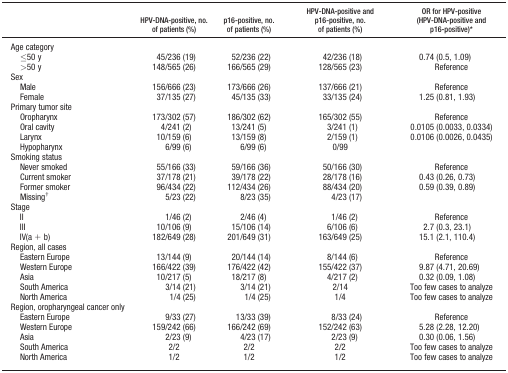
<table><thead><tr><td></td><td><b>HPV‐DNA‐positive, no. of patients (%)</b></td><td><b>p16‐positive, no. of patients (%)</b></td><td><b>HPV‐DNA‐positive and p16‐positive, no. of patients (%)</b></td><td><b>OR for HPV‐positive (HPV‐DNA‐positive and p16‐positive)a</b></td></tr></thead><tbody><tr><td>Age category</td><td></td><td></td><td></td><td></td></tr><tr><td>≤50 y</td><td>45/236 (19)</td><td>52/236 (22)</td><td>42/236 (18)</td><td>0.74 (0.5, 1.09)</td></tr><tr><td>&gt;50 y</td><td>148/565 (26)</td><td>166/565 (29)</td><td>128/565 (23)</td><td>Reference</td></tr><tr><td>Sex</td><td></td><td></td><td></td><td></td></tr><tr><td>Male</td><td>156/666 (23)</td><td>173/666 (26)</td><td>137/666 (21)</td><td>Reference</td></tr><tr><td>Female</td><td>37/135 (27)</td><td>45/135 (33)</td><td>33/135 (24)</td><td>1.25 (0.81, 1.93)</td></tr><tr><td>Primary tumor site</td><td></td><td></td><td></td><td></td></tr><tr><td>Oropharynx</td><td>173/302 (57)</td><td>186/302 (62)</td><td>165/302 (55)</td><td>Reference</td></tr><tr><td>Oral cavity</td><td>4/241 (2)</td><td>13/241 (5)</td><td>3/241 (1)</td><td>0.0105 (0.0033, 0.0334)</td></tr><tr><td>Larynx</td><td>10/159 (6)</td><td>13/159 (8)</td><td>2/159 (1)</td><td>0.0106 (0.0026, 0.0435)</td></tr><tr><td>Hypopharynx</td><td>6/99 (6)</td><td>6/99 (6)</td><td>0/99</td><td></td></tr><tr><td>Smoking status</td><td></td><td></td><td></td><td></td></tr><tr><td>Never smoked</td><td>55/166 (33)</td><td>59/166 (36)</td><td>50/166 (30)</td><td>Reference</td></tr><tr><td>Current smoker</td><td>37/178 (21)</td><td>39/178 (22)</td><td>28/178 (16)</td><td>0.43 (0.26, 0.73)</td></tr><tr><td>Former smoker</td><td>96/434 (22)</td><td>112/434 (26)</td><td>88/434 (20)</td><td>0.59 (0.39, 0.89)</td></tr><tr><td>Missingb</td><td>5/23 (22)</td><td>8/23 (35)</td><td>4/23 (17)</td><td></td></tr><tr><td>Stage</td><td></td><td></td><td></td><td></td></tr><tr><td>II</td><td>1/46 (2)</td><td>2/46 (4)</td><td>1/46 (2)</td><td>Reference</td></tr><tr><td>III</td><td>10/106 (9)</td><td>15/106 (14)</td><td>6/106 (6)</td><td>2.7 (0.3, 23.1)</td></tr><tr><td>IV(a + b)</td><td>182/649 (28)</td><td>201/649 (31)</td><td>163/649 (25)</td><td>15.1 (2.1, 110.4)</td></tr><tr><td>Region, all cases</td><td></td><td></td><td></td><td></td></tr><tr><td>Eastern Europe</td><td>13/144 (9)</td><td>20/144 (14)</td><td>8/144 (6)</td><td>Reference</td></tr><tr><td>Western Europe</td><td>166/422 (39)</td><td>176/422 (42)</td><td>155/422 (37)</td><td>9.87 (4.71, 20.69)</td></tr><tr><td>Asia</td><td>10/217 (5)</td><td>18/217 (8)</td><td>4/217 (2)</td><td>0.32 (0.09, 1.08)</td></tr><tr><td>South America</td><td>3/14 (21)</td><td>3/14 (21)</td><td>2/14</td><td>Too few cases to analyze</td></tr><tr><td>North America</td><td>1/4 (25)</td><td>1/4 (25)</td><td>1/4</td><td>Too few cases to analyze</td></tr><tr><td>Region, oropharyngeal cancer only</td><td></td><td></td><td></td><td></td></tr><tr><td>Eastern Europe</td><td>9/33 (27)</td><td>13/33 (39)</td><td>8/33 (24)</td><td>Reference</td></tr><tr><td>Western Europe</td><td>159/242 (66)</td><td>166/242 (69)</td><td>152/242 (63)</td><td>5.28 (2.28, 12.20)</td></tr><tr><td>Asia</td><td>2/23 (9)</td><td>4/23 (17)</td><td>2/23 (9)</td><td>0.30 (0.06, 1.56)</td></tr><tr><td>South America</td><td>2/2</td><td>2/2</td><td>2/2</td><td>Too few cases to analyze</td></tr><tr><td>North America</td><td>1/2</td><td>1/2</td><td>1/2</td><td>Too few cases to analyze</td></tr></tbody></table>